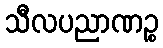
သီလပညာဏဉ္စ